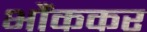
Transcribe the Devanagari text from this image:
भौंककर